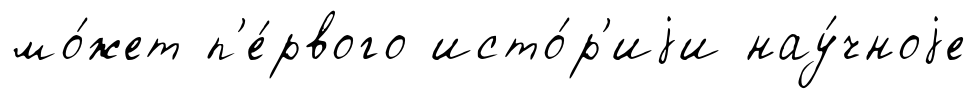
мо́жет п'е́рвого исто́р'иjи нау́чноjе